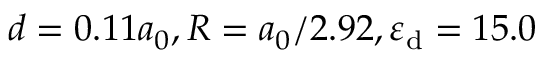
d = 0 . 1 1 a _ { 0 } , R = a _ { 0 } / 2 . 9 2 , \varepsilon _ { \mathrm { d } } = 1 5 . 0